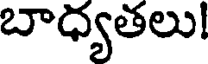
బాధ్యతలు!